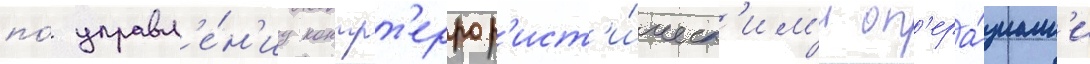
по́ управл'е́н'иу контрт'еррор'ист'и́ческ'им'и оп'ера́циам'и